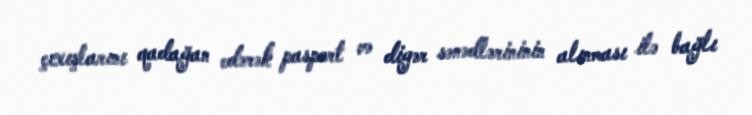
çıxışlarını qadağan edərək pasport və digər sənədlərininin alınması ilə bağlı